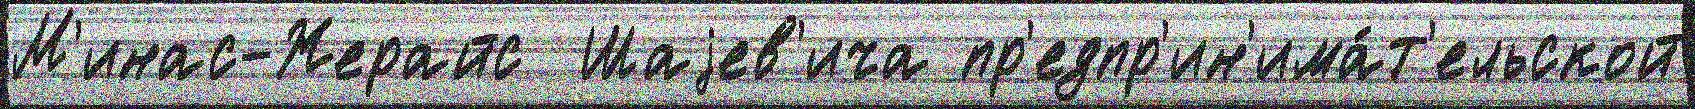
М'инас-Жерайс  Шаjев'ича пр'едпр'ин'има́т'ельской